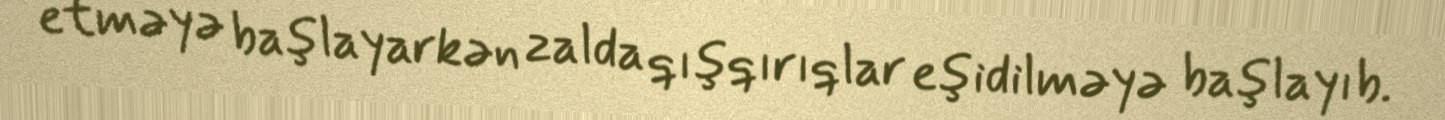
etməyə başlayarkən zalda qışqırıqlar eşidilməyə başlayıb.